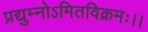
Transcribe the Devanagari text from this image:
प्रद्युम्नोऽमितविक्रमः।।